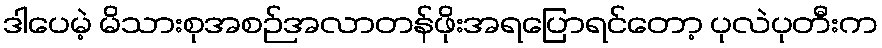
ဒါပေမဲ့ မိသားစုအစဉ်အလာတန်ဖိုးအရပြောရင်တော့ ပုလဲပုတီးက